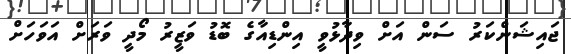
ޖައިޝަންކަރު ސަން އަށް ވިދާޅުވީ އިންޑިއާގެ ބޮޑު ވަޒީރު މޯދީ ވަރަށް އަވަހަށް